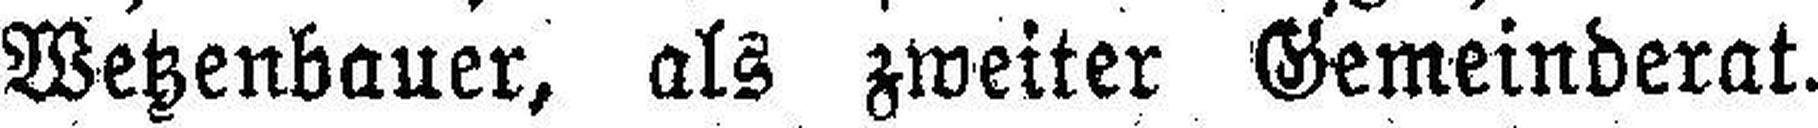
Wetzenbauer, als zweiter Gemeinderat.